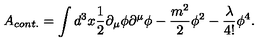
A _ { c o n t . } = \int d ^ { 3 } x \frac { 1 } { 2 } \partial _ { \mu } \phi \partial ^ { \mu } \phi - \frac { m ^ { 2 } } { 2 } \phi ^ { 2 } - \frac { \lambda } { 4 ! } \phi ^ { 4 } .